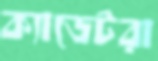
ক্যাডেটরা